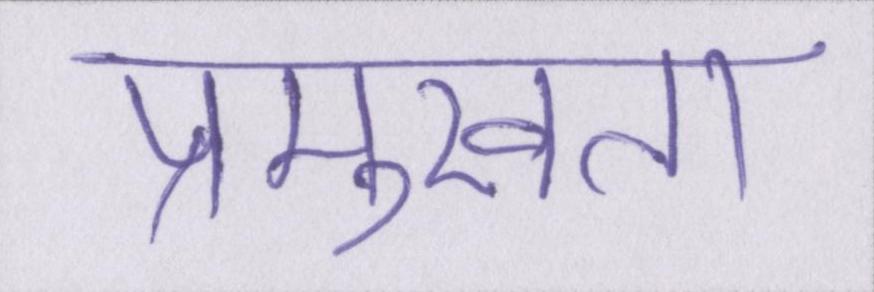
प्रमुखता